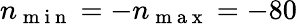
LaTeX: n_{\mathrm{~m~i~n~}}=-n_{\mathrm{~m~a~x~}}=-80